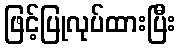
ဖြင့်ပြုလုပ်ထားပြီး